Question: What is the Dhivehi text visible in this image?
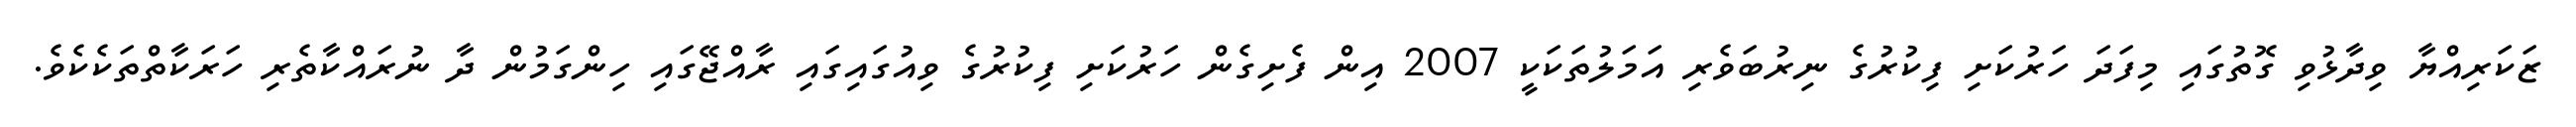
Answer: ޒަކަރިއްޔާ ވިދާޅުވި ގޮތުގައި މިފަދަ ހަރުކަށި ފިކުރުގެ ނިރުބަވެރި އަމަލުތަކަކީ 2007 އިން ފެށިގެން ހަރުކަށި ފިކުރުގެ ވިއުގައިގައި ރާއްޖޭގައި ހިންގަމުން ދާ ނުރައްކާތެރި ހަރަކާތްތަކެކެވެ.